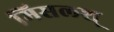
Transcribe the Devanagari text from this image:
मिसलश्